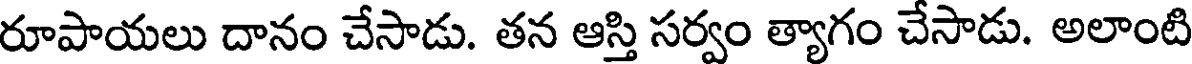
రూపాయలు దానం చేసాడు. తన ఆస్తి సర్వం త్యాగం చేసాడు. అలాంటి